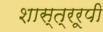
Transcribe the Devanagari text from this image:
शास्त्ररूपी